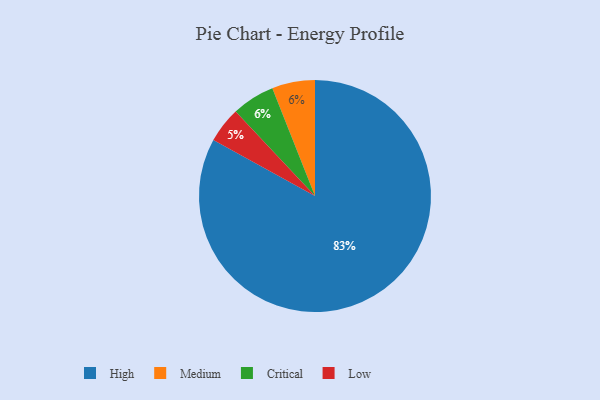
{"axis": {"x": "Category", "y": "Percentage"}, "legend": ["Critical", "High", "Low", "Medium"], "data": [{"x": "Medium", "y": 6, "type": "Medium"}, {"x": "High", "y": 83, "type": "High"}, {"x": "Critical", "y": 6, "type": "Critical"}, {"x": "Low", "y": 5, "type": "Low"}]}